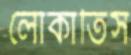
লোকাতিস